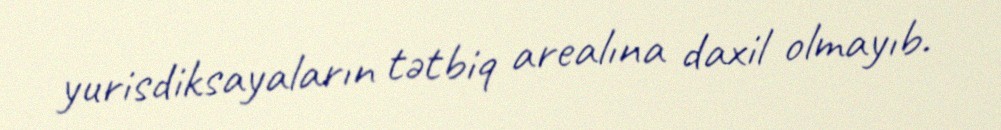
yurisdiksayaların tətbiq arealına daxil olmayıb.